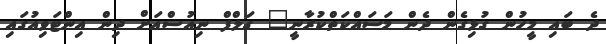
ދެ ބައި މީހުން ގުޅިގެން ދެން މަސައްކަތްކުރާނީ" ގަލްފް ނިއުސްއަށް ދިން އިންޓަވިއުގައި